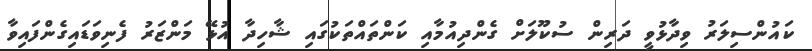
ކައުންސިލަރު ވިދާޅުވީ ދަރިން ސުކޫލަށް ގެންދިއުމާއި ކަންތައްތަކުގައި ޝާހިދާ އުޅޭ މަންޒަރު ފެނިވަޑައިގެންފައިވާ